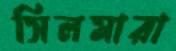
সিলমারা